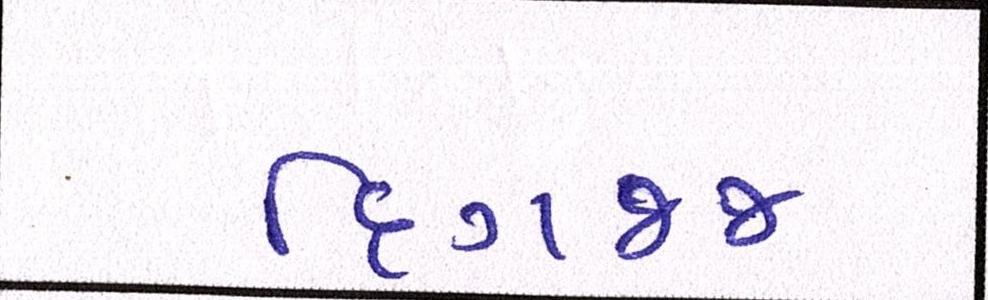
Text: દિગજ્જ